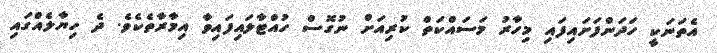
އެތަނަކީ ހަދަންފަށައިފައި މިހާރު މަސައްކަތް ކުރިއަށް ނުގޮސް ހުއްޓާލައިފައިވާ އިމާރާތެކެވެ. ދެ ހިޔާލެއްގައި